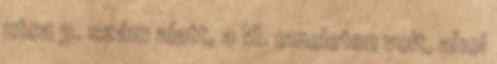
utca 3. szám alatt, a VI. emeleten volt, ahol